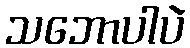
သဘောပါပဲ